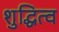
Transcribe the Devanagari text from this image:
शुद्धित्व